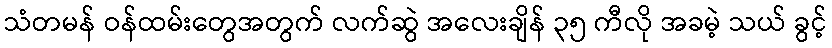
သံတမန် ဝန်ထမ်းတွေအတွက် လက်ဆွဲ အလေးချိန် ၃၅ ကီလို အခမဲ့ သယ် ခွင့်